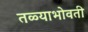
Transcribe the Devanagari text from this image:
तळ्याभोवती